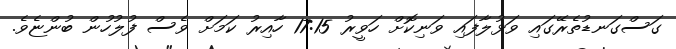
ގަސްގަނޑުތެރޭގައި ވަޅުލާފައި ވަނިކޮށް ހަވީރު 17:15 ހާއިރު ކަމަށް ވެސް ފުލުހުން ބުންޏެވެ.